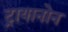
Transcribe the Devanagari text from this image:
ट्रायानोन